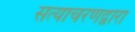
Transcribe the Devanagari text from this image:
सत्याचरणद्वारा